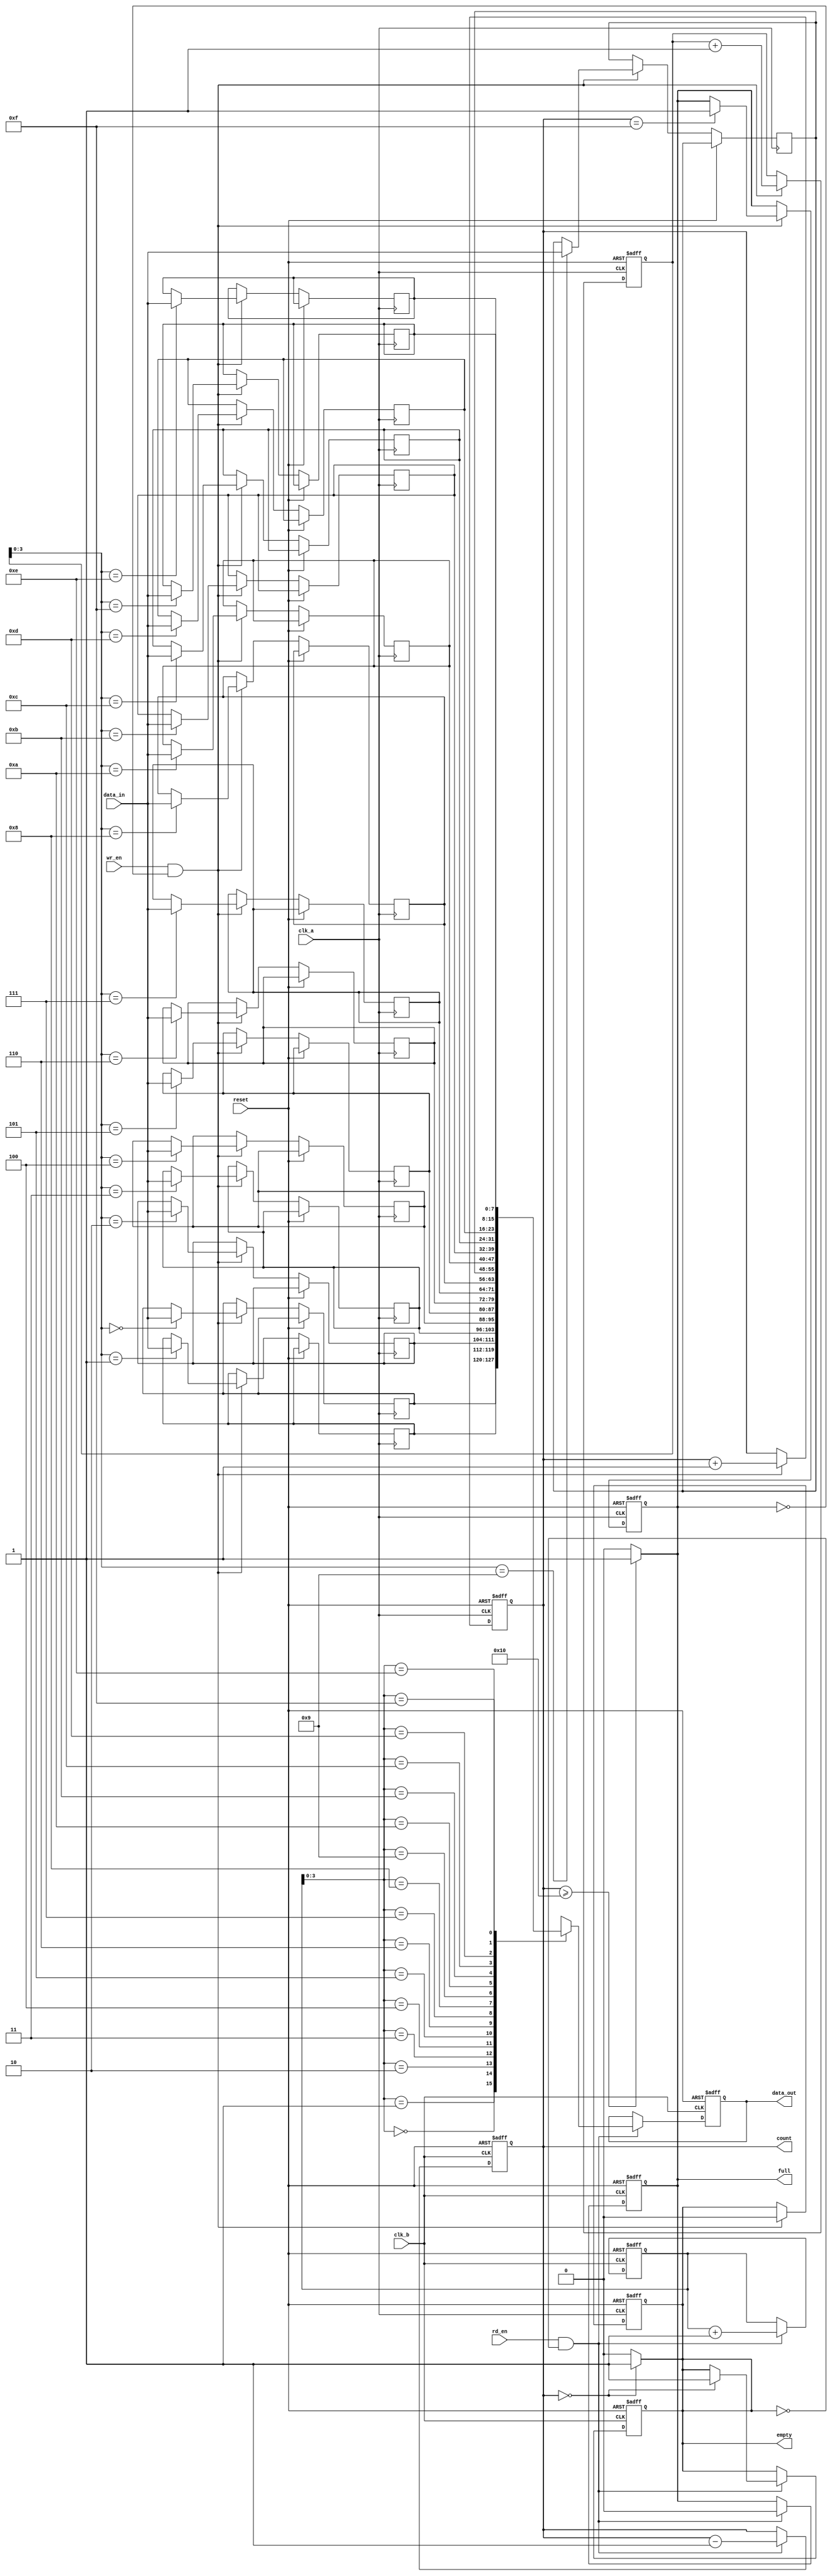
module fifo_synchronizer #(
    parameter DATA_WIDTH = 8,
    parameter FIFO_DEPTH = 16
)(
    input wire clk_a,               // Source Clock Domain
    input wire clk_b,               // Destination Clock Domain
    input wire reset,               // Asynchronous reset
    input wire wr_en,               // Write enable signal
    input wire rd_en,               // Read enable signal
    input wire [DATA_WIDTH-1:0] data_in, // Data input
    output reg [DATA_WIDTH-1:0] data_out, // Data output
    output reg full,                // FIFO full flag
    output reg empty,               // FIFO empty flag
    output reg [4:0] count          // Number of elements in the FIFO
);

    // FIFO memory array
    reg [DATA_WIDTH-1:0] fifo_mem [0:FIFO_DEPTH-1];
    reg [4:0] write_ptr;
    reg [4:0] read_ptr;

    // Asynchronous reset
    always @(posedge clk_a or posedge reset) begin
        if (reset) begin
            write_ptr <= 5'd0;
            count <= 5'd0;
            full <= 1'b0;
            empty <= 1'b1;
        end else if (wr_en && !full) begin
            fifo_mem[write_ptr] <= data_in;
            write_ptr <= write_ptr + 1'b1;
            count <= count + 1'b1;

            // Update full and empty flags
            if (count == FIFO_DEPTH - 1) begin
                full <= 1'b1;
            end
            empty <= 1'b0;
        end
    end

    always @(posedge clk_b or posedge reset) begin
        if (reset) begin
            read_ptr <= 5'd0;
            data_out <= {DATA_WIDTH{1'b0}};
            count <= 5'd0;
            full <= 1'b0;
            empty <= 1'b1;
        end else if (rd_en && !empty) begin
            data_out <= fifo_mem[read_ptr];
            read_ptr <= read_ptr + 1'b1;
            count <= count - 1'b1;

            // Update full and empty flags
            if (count == 0) begin
                empty <= 1'b1;
            end
            full <= 1'b0;
        end
    end

    // FIFO full and empty flag updates
    always @(*) begin
        if (count >= FIFO_DEPTH) begin
            full = 1'b1;
        end else begin
            full = 1'b0;
        end

        if (count == 0) begin
            empty = 1'b1;
        end else begin
            empty = 1'b0;
        end
    end

endmodule